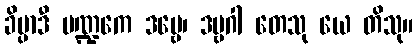
ခိပ္ပာဒီ ပဏ္ဍကေ ဒဗ္ဗေ၊ ဒဗ္ဗဂါ တေသု ယေ တိသု။